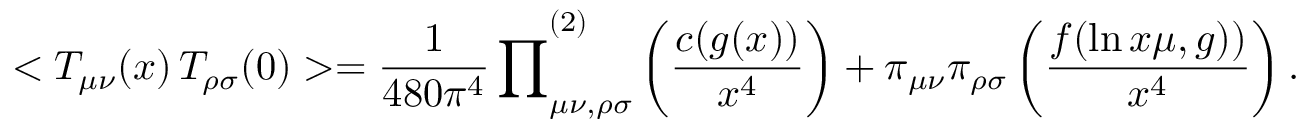
< T _ { \mu \nu } ( x ) \, T _ { \rho \sigma } ( 0 ) > = { \frac { 1 } { 4 8 0 \pi ^ { 4 } } \prod } _ { \mu \nu , \rho \sigma } ^ { ( 2 ) } \left( { \frac { c ( g ( x ) ) } { x ^ { 4 } } } \right) + \pi _ { \mu \nu } \pi _ { \rho \sigma } \left( { \frac { f ( \ln x \mu , g ) ) } { x ^ { 4 } } } \right) .